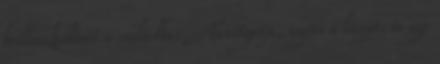
beilleszkedését a családba. Tanítgatja, segíti a lányt, és egy